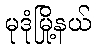
မုဒုံမြို့နယ်